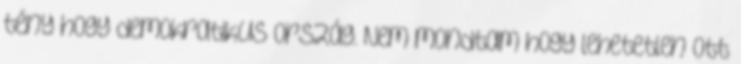
tény hogy demokratikus ország. Nem mondtam hogy lehetetlen ott